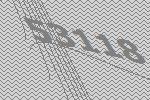
53118